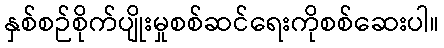
နှစ်စဉ်စိုက်ပျိုးမှုစစ်ဆင်ရေးကိုစစ်ဆေးပါ။